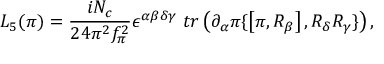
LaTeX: { \cal L } _ { 5 } ( \pi ) = \frac { i N _ { c } } { 2 4 \pi ^ { 2 } f _ { \pi } ^ { 2 } } \epsilon ^ { \alpha \beta \delta \gamma } \; t r \left( \partial _ { \alpha } \pi \{ \left[ \pi , R _ { \beta } \right] , R _ { \delta } R _ { \gamma } \} \right) ,